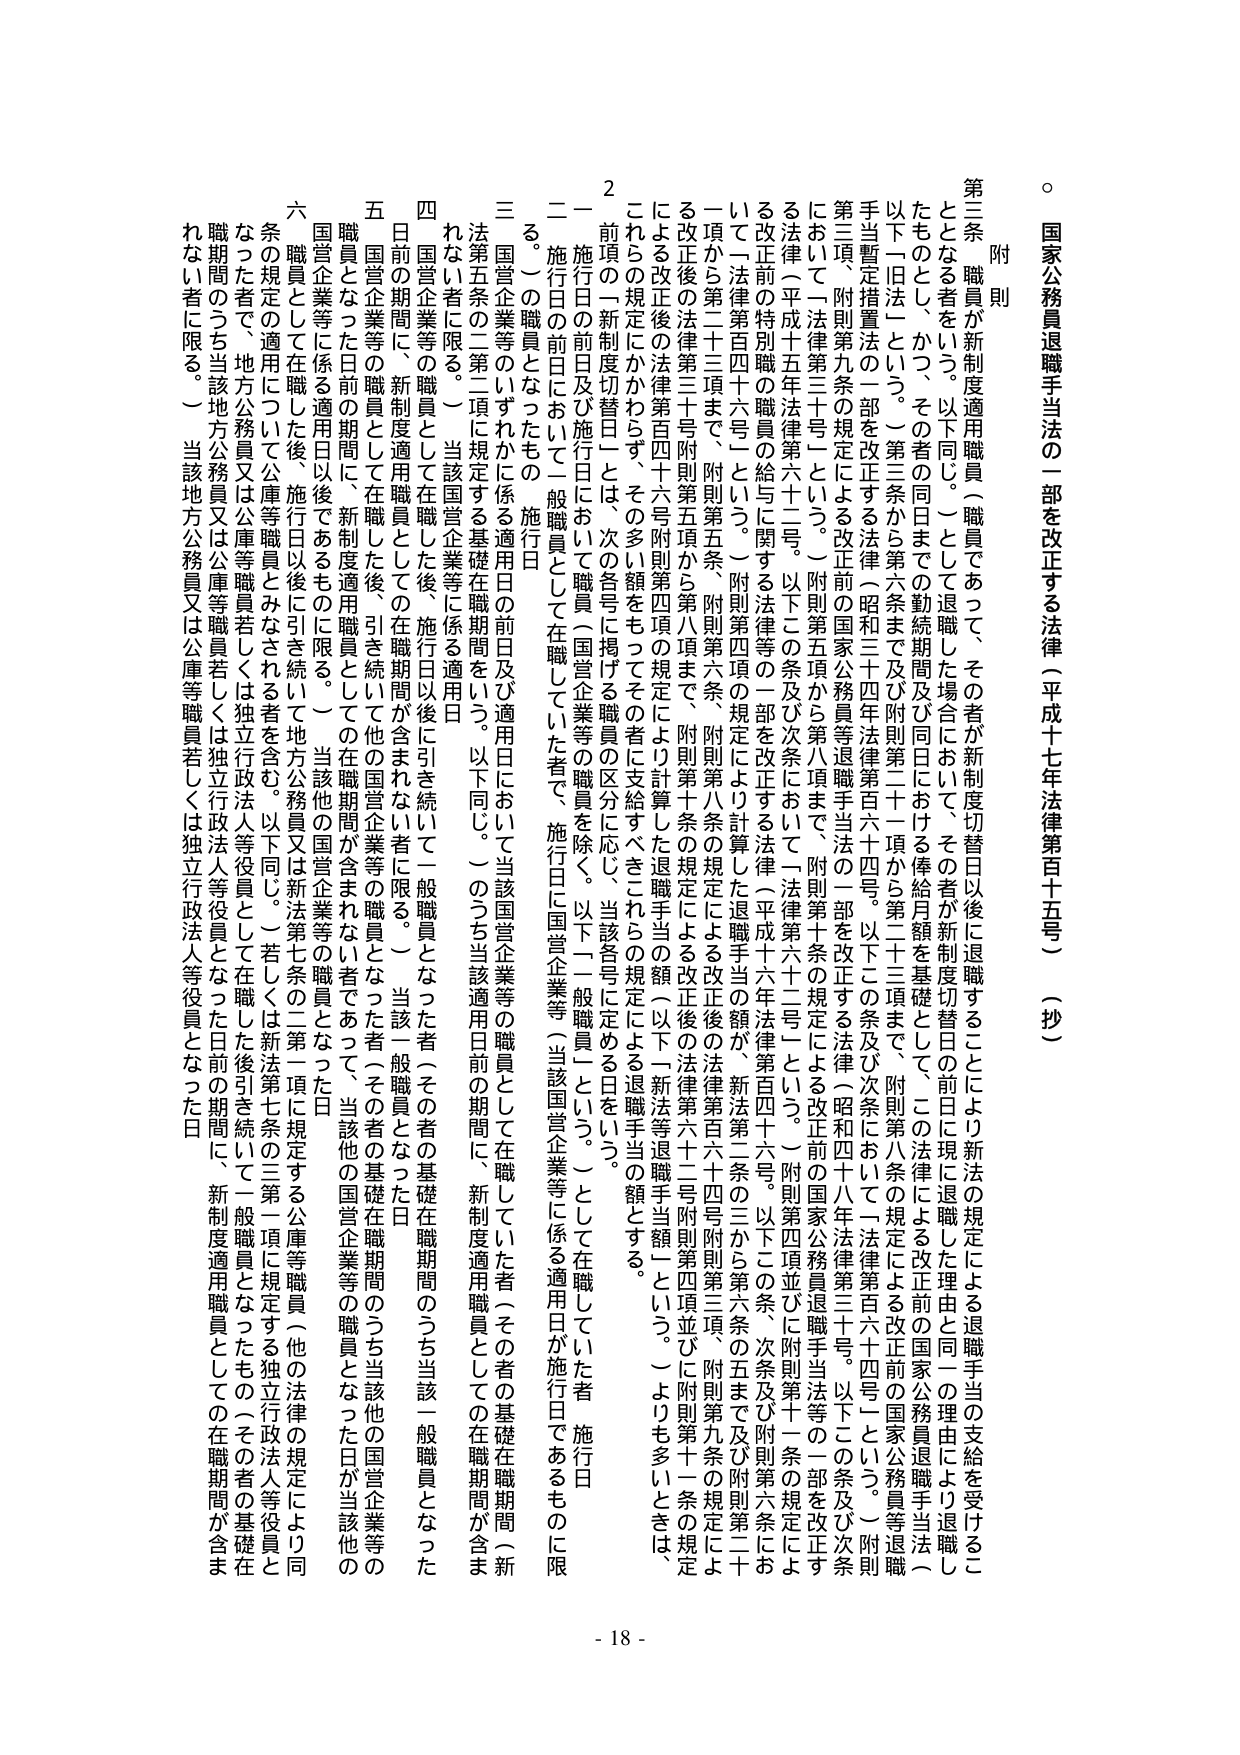
○ 国家公務員退職手当法の一部を改正する法律（平成十七年法律第百十五号）（抄）

附 則

第三条 職員が新制度適用職員（職員であって、その者が新制度切替日以後に退職することにより新法の規定による退職手当の支給を受けることとなる者をいう。以下同じ。）として退職した場合において、その者が新制度切替日の前日に現に退職した理由と同一の理由により退職したものとし、かつ、その者の同日まで の勤続期間及び同日における俸給月額を基礎として、この法律による改正前の国家公務員退職手当法（以下「旧法」という。）第三条から第六条まで及び附則第二十一項から第二十三項まで、附則第八条の規定による改正前の国家公務員等退職手当暫定措置法の一部を改正する法律（昭和三十四年法律第百六十四号。以下この条及び次条において「法律第三百六十四号」という。）附則第三項、附則第九条の規定による改正前の国家公務員等退職手当法の一部を改正する法律（昭和四十八年法律第三十号。以下この条及び次条において「法律第三十号」という。）附則第五項から第八項まで、附則第十条の規定による改正前の平成十五年法律第六十二号。以下この条及び次条において「法律第六十二号」という。）附則第四項並びに附則第十一条の規定による改正前の特別職の職員等の給与に関する法律等の一部を改正する法律（平成十六年法律第百四十六号。以下この条及び次条において「法律第百四十六号」という。）附則第四項の規定により計算した退職手当の額が、新法第二条の三から第六条の五まで及び附則第六条の二から第二十三条まで、附則第五条、附則第六条、附則第八条の規定による改正後の法律第三百四十六号附則第五項から第八項まで、附則第十条の規定による改正後の法律第六百二十二号附則第四項並びに附則第十一条の規定による改正後の法律第三百四十六号附則第五項から第八項まで、附則第十条の規定により計算した退職手当の額（以下「新法等退職手当額」という。）よりも多いときは、これらの規定にかかわらず、その多い額をもってその者に支給すべきこととし、当該各号に定める日をいう。

２ 前項の「新制度切替日」とは、次の各号に掲げる職員の区分に応じ、当該各号に定める日をいう。

一 施行日の前日及び施行日において職員（国営企業等の職員を除く。以下「一般職員」という。）として在職していた者（施行日

二 施行日の前日において一般職員として在職していた者で、施行日に国営企業等（当該国営企業等に係る適用日が施行日であるものに限る。）の職員となったもの（施行日

三 国営企業等のいずれかに係る基礎在職期間をいう。以下同じ。）のうち当該適用日前の期間に、新制度適用職員としての在職期間が含まれない者に限る。）当該国営企業等の職員として在職していた者（その者の基礎在職期間（新法第五条の二第二項に規定する基礎在職期間をいう。以下同じ。）のうち当該適用日前の期間に、新制度適用職員としての在職期間が含まれない者に限る。）

四 国営企業等の職員として在職した後、施行日以後に引き続いて一般職員となった者（その者の基礎在職期間のうち当該一般職員となった日前の期間に、新制度適用職員としての在職期間が含まれない者に限る。）当該一般職員となった日

五 国営企業等の職員として在職した後、引き続いて他の国営企業等の職員となった者（その者の基礎在職期間のうち当該他の国営企業等の職員となった日前の期間に、新制度適用職員としての在職期間が含まれない者に限る。）当該他の国営企業等の職員となった日

六 職員として在職した後、施行日以後に引き続いて地方公務員又は新法第七条の二第一項に規定する公庫等職員（他の法律の規定により同条の規定の適用について公庫等職員とみなされる者を含む。以下同じ。）若しくは新法第七条の三第一項に規定する独立行政法人等役員として在職した後引き続いて一般職員となったもの（その者の基礎在職期間のうち当該地方公務員又は公庫等職員若しくは独立行政法人等役員となった日前の期間に、新制度適用職員としての在職期間が含まれない者に限る。）当該地方公務員又は公庫等職員若しくは独立行政法人等役員となった日

- 18 -